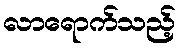
လာရောက်သည့်